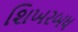
શિખરબધ